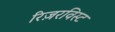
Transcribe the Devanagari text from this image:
रिज़रविस्ट